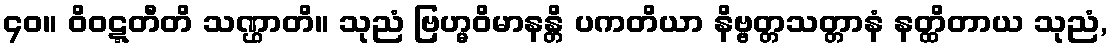
၄၀။ ဝိဝဋ္ဋတီတိ သဏ္ဌာတိ။ သုညံ ဗြဟ္မဝိမာနန္တိ ပကတိယာ နိဗ္ဗတ္တသတ္တာနံ နတ္ထိတာယ သုညံ,